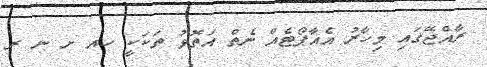
ރާއްޖޭގައި މިހާރު އެއާޕޯޓެއް ނެތް އަތޮޅު ތަކަކީ ހއ ށ ނ ރ